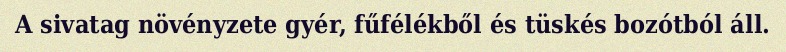
A sivatag növényzete gyér, fűfélékből és tüskés bozótból áll.